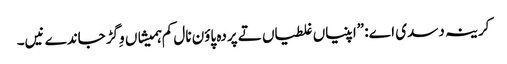
‏ کرینہ دسدی اے:‏ ”‏اپنیاں غلطیاں تے پردہ پاؤن نال کم ہمیشاں وِگڑ جاندے نیں۔